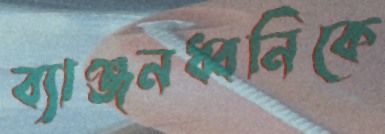
ব্যাঞ্জনধ্বনিকে